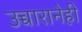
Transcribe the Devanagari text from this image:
उच्चारानेही